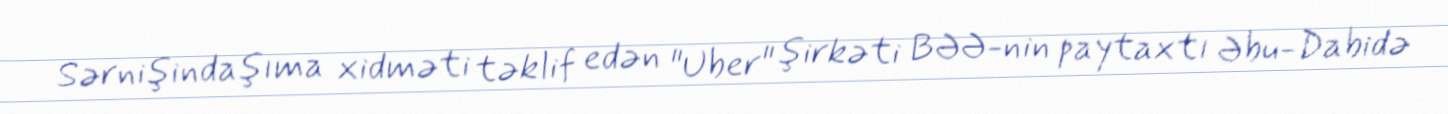
Sərnişindaşıma xidməti təklif edən "Uber" şirkəti BƏƏ-nin paytaxtı Əbu-Dabidə